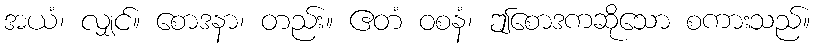
အယံ၊ လျှင်။ စောဒနာ၊ တည်း။ ဧတံ ဝစနံ၊ ဤစောဒကဆိုသော စကားသည်။